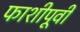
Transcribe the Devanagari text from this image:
फाशीपूर्वी